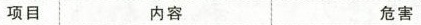
项目 内容 危害